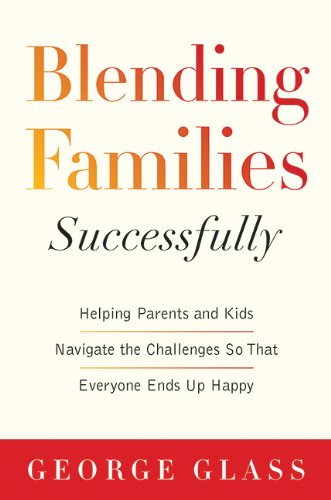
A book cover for Blending Families Successfully: Helping Parents and Kids Navigate the Challenges So That Everyone Ends Up Happy; M.D. George S. Glass; Parenting & Relationships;